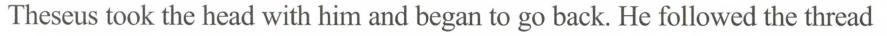
Theseus took the head with him and began to go back. He followed the thread